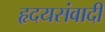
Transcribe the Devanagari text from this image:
हृदयसंवादी